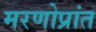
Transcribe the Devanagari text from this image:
मरणोप्रांत